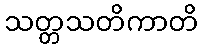
သတ္တသတိကာတိ